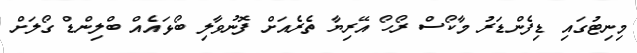
މިނިޓުގައި ޑިފެންޑަރު މާކޯސް ރޯހޯ އޭރިޔާ ތެރެއަށް ފޮނުވާލި ބޯޅައެއް ބްލިންޑް ގޯލަށް